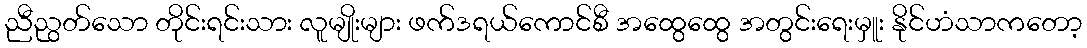
ညီညွတ်သော တိုင်းရင်းသား လူမျိုးများ ဖက်ဒရယ်ကောင်စီ အထွေထွေ အတွင်းရေးမှူး နိုင်ဟံသာကတော့